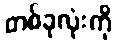
တစ်ခုလုံးကို